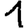
Digit: 1